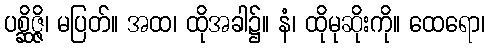
ပစ္ဆိဇ္ဇိ၊ မပြတ်။ အထ၊ ထိုအခါ၌။ နံ၊ ထိုမုဆိုးကို။ ထေရော၊